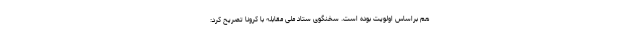
هم براساس اولویت بوده است. سخنگوی ستاد ملی مقابله با کرونا تصریح کرد: